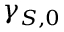
\gamma _ { S , 0 }